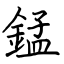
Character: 錳